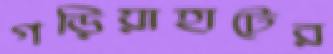
গড়িয়াহাটের